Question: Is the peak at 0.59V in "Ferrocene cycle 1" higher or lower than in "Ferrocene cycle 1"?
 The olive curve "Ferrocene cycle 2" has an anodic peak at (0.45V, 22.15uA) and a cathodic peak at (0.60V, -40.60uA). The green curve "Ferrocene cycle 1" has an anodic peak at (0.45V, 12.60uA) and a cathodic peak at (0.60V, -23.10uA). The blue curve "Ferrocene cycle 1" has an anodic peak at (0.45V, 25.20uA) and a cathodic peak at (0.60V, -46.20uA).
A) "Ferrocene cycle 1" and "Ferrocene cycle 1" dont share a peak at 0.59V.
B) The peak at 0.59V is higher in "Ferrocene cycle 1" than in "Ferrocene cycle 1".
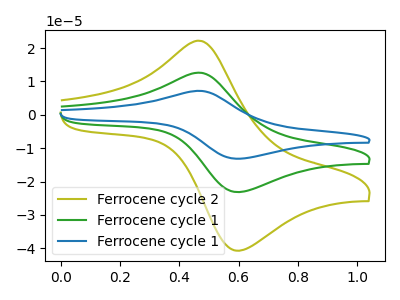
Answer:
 <answer>B) The peak at 0.59V is higher in "Ferrocene cycle 1" than in "Ferrocene cycle 1".</answer>
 <eval>B</eval>